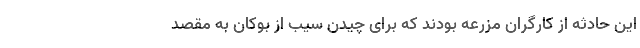
این حادثه از کارگران مزرعه بودند که برای چیدن سیب از بوکان به مقصد